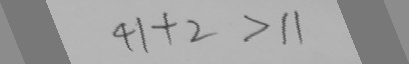
4 1 + 2 > 1 1